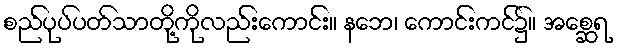
စည်ပုပ်ပတ်သာတို့ကိုလည်းကောင်း။ နဘေ၊ ကောင်းကင်၌။ အစ္ဆေရ